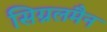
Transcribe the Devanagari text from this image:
सिग्नलमैन